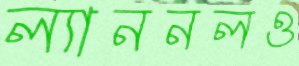
ল্যাননলও